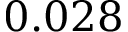
0 . 0 2 8